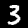
Label: 3